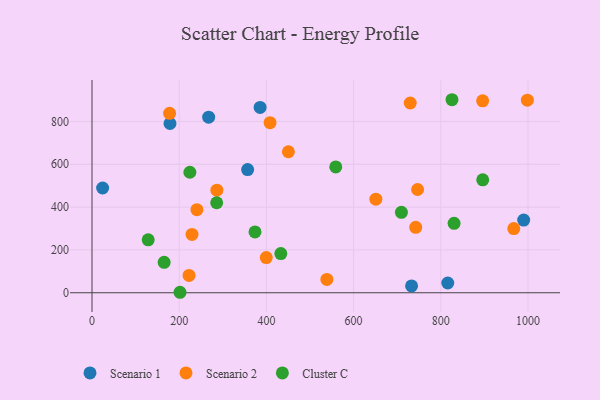
{"axis": {"x": "Study Hours", "y": "Sales"}, "legend": ["Cluster C", "Scenario 1", "Scenario 2"], "data": [{"x": "733.0", "y": 31.8, "type": "Scenario 1"}, {"x": "357.0", "y": 575.1, "type": "Scenario 1"}, {"x": "24.4", "y": 489.2, "type": "Scenario 1"}, {"x": "267.6", "y": 819.9, "type": "Scenario 1"}, {"x": "816.0", "y": 45.5, "type": "Scenario 1"}, {"x": "385.6", "y": 865.3, "type": "Scenario 1"}, {"x": "178.9", "y": 790.3, "type": "Scenario 1"}, {"x": "990.1", "y": 339.5, "type": "Scenario 1"}, {"x": "742.5", "y": 305.3, "type": "Scenario 2"}, {"x": "286.4", "y": 478.9, "type": "Scenario 2"}, {"x": "651.1", "y": 436.8, "type": "Scenario 2"}, {"x": "729.9", "y": 886.0, "type": "Scenario 2"}, {"x": "178.0", "y": 838.1, "type": "Scenario 2"}, {"x": "450.5", "y": 658.4, "type": "Scenario 2"}, {"x": "998.6", "y": 899.2, "type": "Scenario 2"}, {"x": "399.7", "y": 164.4, "type": "Scenario 2"}, {"x": "222.6", "y": 80.7, "type": "Scenario 2"}, {"x": "229.4", "y": 272.3, "type": "Scenario 2"}, {"x": "896.0", "y": 896.2, "type": "Scenario 2"}, {"x": "746.8", "y": 482.2, "type": "Scenario 2"}, {"x": "538.7", "y": 62.3, "type": "Scenario 2"}, {"x": "967.4", "y": 299.8, "type": "Scenario 2"}, {"x": "240.7", "y": 387.8, "type": "Scenario 2"}, {"x": "408.4", "y": 794.1, "type": "Scenario 2"}, {"x": "559.1", "y": 587.4, "type": "Cluster C"}, {"x": "201.9", "y": 2.2, "type": "Cluster C"}, {"x": "896.2", "y": 527.4, "type": "Cluster C"}, {"x": "709.7", "y": 375.5, "type": "Cluster C"}, {"x": "373.9", "y": 283.9, "type": "Cluster C"}, {"x": "830.5", "y": 324.2, "type": "Cluster C"}, {"x": "825.7", "y": 901.4, "type": "Cluster C"}, {"x": "224.5", "y": 562.6, "type": "Cluster C"}, {"x": "286.0", "y": 420.2, "type": "Cluster C"}, {"x": "165.5", "y": 141.9, "type": "Cluster C"}, {"x": "433.1", "y": 182.8, "type": "Cluster C"}, {"x": "128.9", "y": 247.2, "type": "Cluster C"}]}